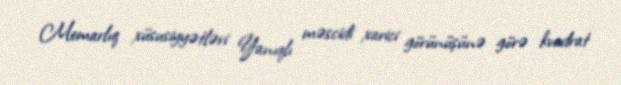
Memarlıq xüsusiyyətləri Yanıqlı məscidi xarici görünüşünə görə kvadrat